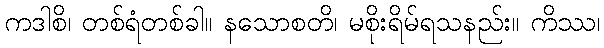
ကဒါစိ၊ တစ်ရံတစ်ခါ။ နသောစတိ၊ မစိုးရိမ်ရသနည်း။ ကိဿ၊